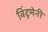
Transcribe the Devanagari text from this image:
विंटुमेनी